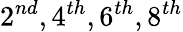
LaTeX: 2^{nd},4^{th},6^{th},8^{th}